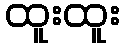
ထူးထူး